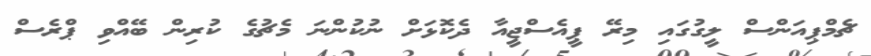
ޗެމްޕިއަންސް ލީގުގައި މިރޭ ޕީއެސްޖީއާ ދެކޮޅަށް ނުކުންނަ މެޗުގެ ކުރިން ބޭއްވި ޕްރެސް